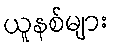
ယူနစ်များ